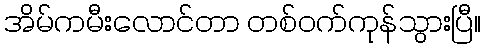
အိမ်ကမီးလောင်တာ တစ်ဝက်ကုန်သွားပြီ။